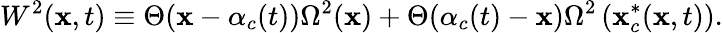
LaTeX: W^{2}(\mathbf{x},t)\equiv\Theta(\mathbf{x}-\alpha_{c}(t))\Omega^{2}(\mathbf{x})+\Theta(\alpha_{c}(t)-\mathbf{x})\Omega^{2}\left(\mathbf{x}_{c}^{*}(\mathbf{x},t)\right).